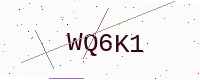
Text: WQ6K1